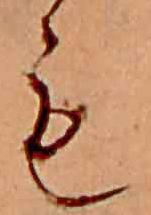
も